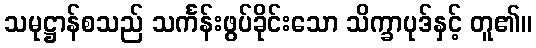
သမုဋ္ဌာန်စသည် သင်္ကန်းဖွပ်ခိုင်းသော သိက္ခာပုဒ်နှင့် တူ၏။